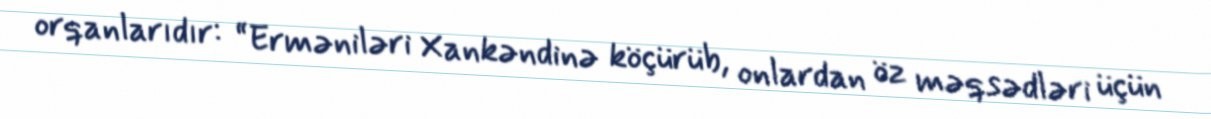
orqanlarıdır: “Erməniləri Xankəndinə köçürüb, onlardan öz məqsədləri üçün